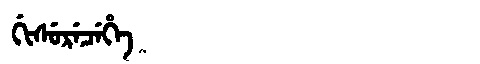
Manchu: ᡤᡳᠰᡠᡵᡝᠴᡝᡥᡝ
Romanization: GISURECEHE